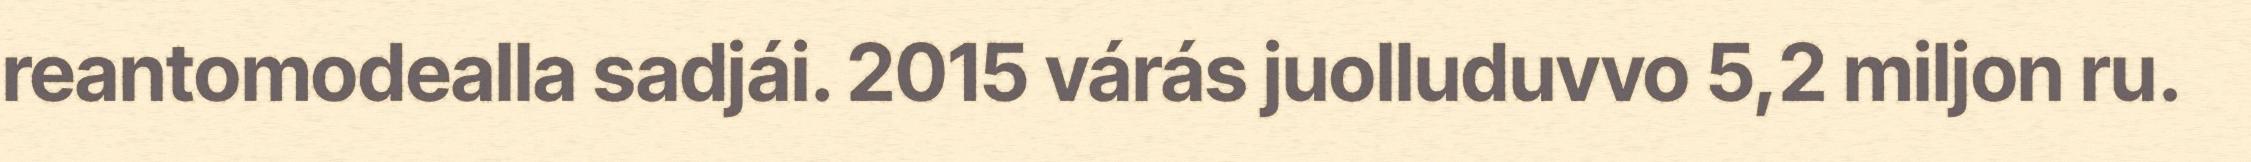
reantomodealla sadjái. 2015 várás juolluduvvo 5,2 miljon ru.